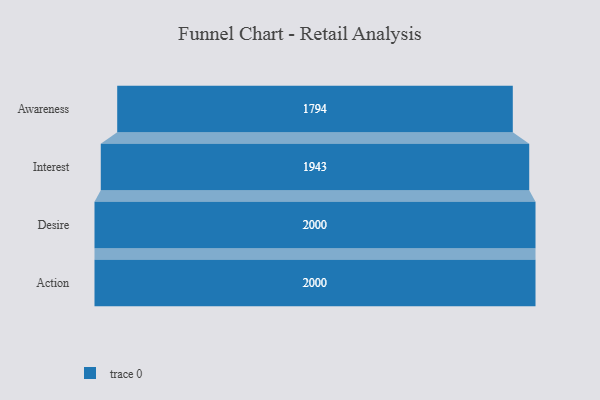
{"axis": {"x": "Stage", "y": "Value"}, "legend": [""], "data": [{"x": "Awareness", "y": 1794.0, "type": ""}, {"x": "Interest", "y": 1943.0, "type": ""}, {"x": "Desire", "y": 2000, "type": ""}, {"x": "Action", "y": 2000, "type": ""}]}